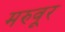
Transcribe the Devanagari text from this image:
मरुवूर